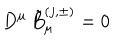
D ^ { \mu } \, { \tilde { B } } _ { \mu } ^ { ( j , \pm ) } = 0